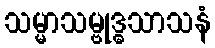
သမ္မာသမ္ဗုဒ္ဓသာသနံ